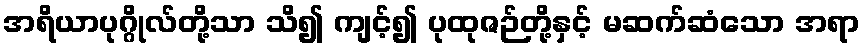
အရိယာပုဂ္ဂိုလ်တို့သာ သိ၍ ကျင့်၍ ပုထုဇဉ်တို့နှင့် မဆက်ဆံသော အရာ